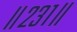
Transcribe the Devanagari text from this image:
॥२३१॥